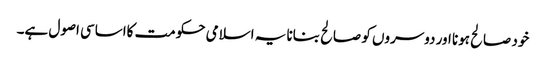
خود صالح ہونا اور دوسروں کو صالح بنانا یہ اسلامی حکومت کااساسی اصول ہے۔